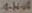
Text: 1-H-A